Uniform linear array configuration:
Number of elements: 24
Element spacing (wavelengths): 0.25
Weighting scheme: exponential
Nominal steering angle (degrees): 30
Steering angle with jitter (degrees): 30.273
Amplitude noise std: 0.05
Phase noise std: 0.05

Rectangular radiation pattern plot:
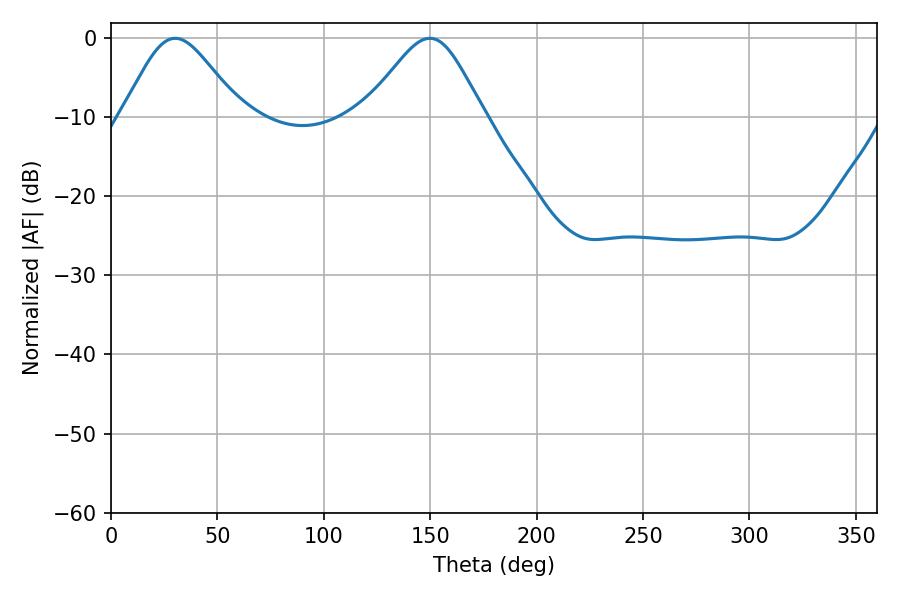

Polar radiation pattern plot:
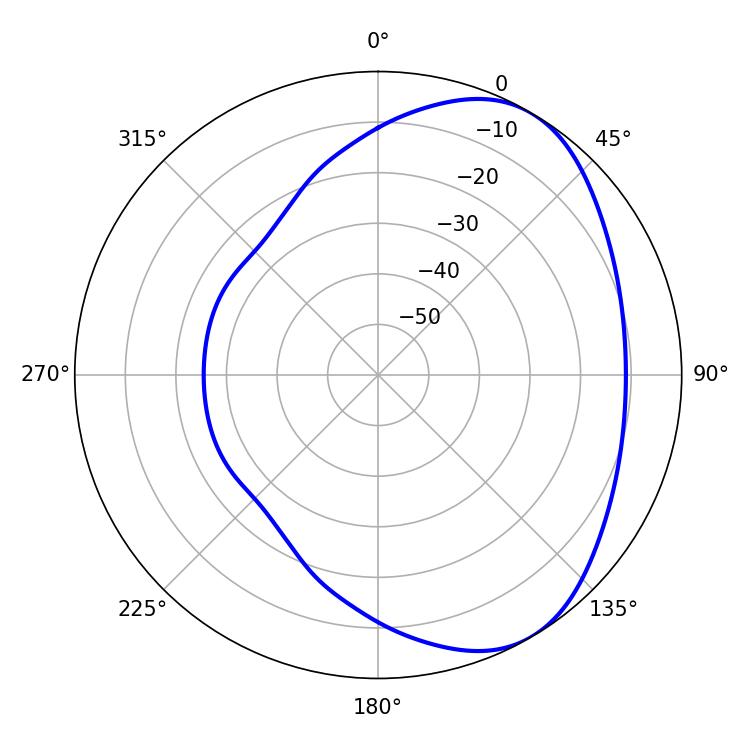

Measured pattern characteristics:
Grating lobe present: FALSE
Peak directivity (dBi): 4.917
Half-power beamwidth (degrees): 27.72
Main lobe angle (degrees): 30.24